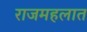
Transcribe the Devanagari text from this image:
राजमहलात